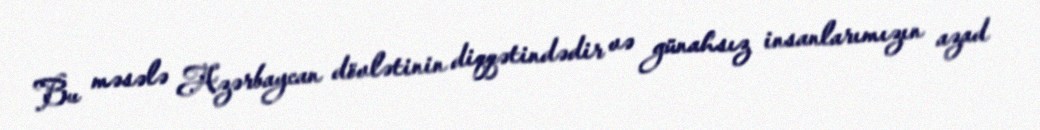
Bu məsələ Azərbaycan dövlətinin diqqətindədir və günahsız insanlarımızın azad